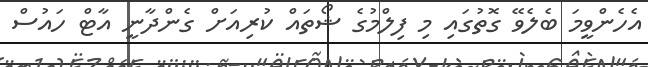
އެހެންވީމަ ބެލެވޭ ގޮތުގައި މި ފިލްމުގެ ޝޯތައް ކުރިއަށް ގެންދާނީ އާޓް ހައުސް